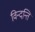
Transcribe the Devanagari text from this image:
विन्दन्ति